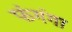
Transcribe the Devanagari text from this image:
फंगंगा